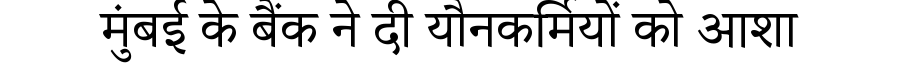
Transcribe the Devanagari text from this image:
मुंबई के बैंक ने दी यौनकर्मियों को आशा